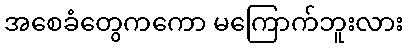
အစေခံတွေကကော မကြောက်ဘူးလား